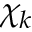
\chi _ { k }